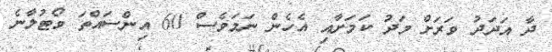
ދާ އަދަދު ވަރަށް މަދު ކަމަށާއި އެހެން ނަމަވެސް 60 އިންސައްތަ ވޯޓުލާނެ